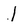
Character: l